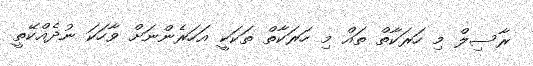
ރާސިލް މި ހަރަކާތް ތައް މި ހަރަކާތް ތަކަކީ އަހަރެންނަށް ވާހަކަ ނުދެއްކޭތީ